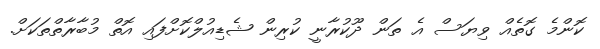
ކޮންމެ ގޮތެއް ވިޔަސް އެ ތަން ދޫކުރާނީ ކުރިން ޝެޑިއުލްކޮށްފައި އޮތް މުބާރާތްތަކަށް.